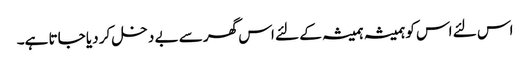
اس لئے اس کو ہمیشہ ہمیشہ کے لئے اس گھر سے بے دخل کر دیا جاتا ہے۔